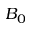
B _ { 0 }